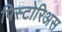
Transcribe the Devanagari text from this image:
पिस्टोरिअस